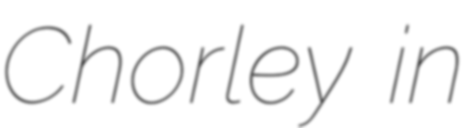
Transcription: Chorley in